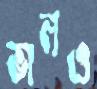
ভালও